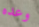
وعده